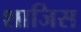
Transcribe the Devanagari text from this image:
शाजिस